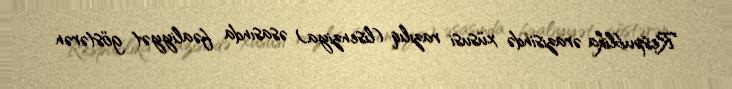
Respublika ərazisində xüsusi razılıq (lisenziya) əsasında fəaliyyət göstərən